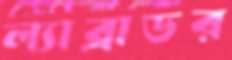
ল্যাব্রাডর